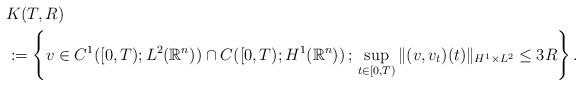
LaTeX: \begin{align*}&K(T,R) \\&:=\left\{ v \in C^1([0,T) ; L^2(\mathbb{R}^n)) \cap C ([0,T) ; H^1(\mathbb{R}^n))\,;\, \sup_{t\in [0,T)}\| (v, v_t )(t) \|_{H^1 \times L^2} \le 3R \right\}.\end{align*}